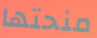
منحتها